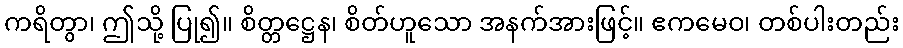
ကရိတွာ၊ ဤသို့ ပြု၍။ စိတ္တဋ္ဌေန၊ စိတ်ဟူသော အနက်အားဖြင့်။ ဧကမေဝ၊ တစ်ပါးတည်း